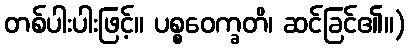
တစ်ပါးပါးဖြင့်။ ပစ္စဝေက္ခတိ၊ ဆင်ခြင်၏။)